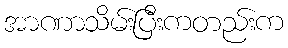
အာဏာသိမ်းပြီးကတည်းက